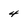
Character: 4